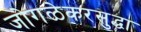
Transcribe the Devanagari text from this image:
जोगळेकरसुद्धा